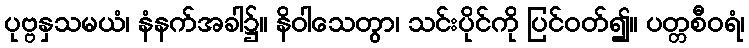
ပုဗ္ဗနှသမယံ၊ နံနက်အခါ၌။ နိဝါသေတွာ၊ သင်းပိုင်ကို ပြင်ဝတ်၍။ ပတ္တစီဝရံ၊